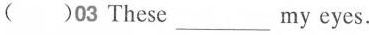
( )03 These___my eyes.